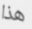
هذا